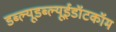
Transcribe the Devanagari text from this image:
डब्ल्यूडब्ल्यूईडॉटकॉम